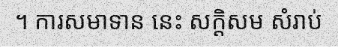
។ ការសមាទាន នេះ សក្តិសម សំរាប់